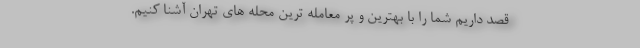
قصد داریم شما را با بهترین و پر معامله ترین محله های تهران آشنا کنیم.